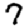
Digit: 7